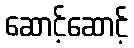
ဆောင့်ဆောင့်